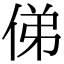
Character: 俤